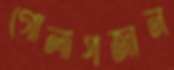
গোলাপজান